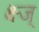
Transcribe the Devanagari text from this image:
क्ष्ज्